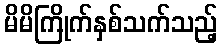
မိမိကြိုက်နှစ်သက်သည့်